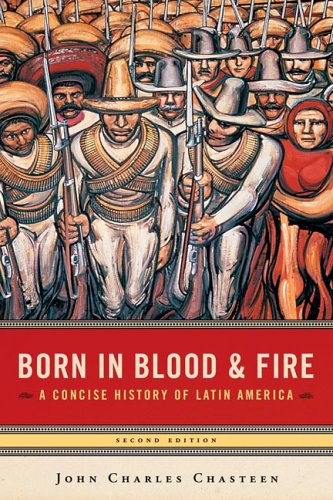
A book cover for Born in Blood & Fire: A Concise History of Latin America, Second Edition; John Charles Chasteen; History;